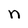
Character: n